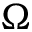
\Omega